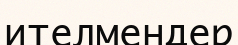
ителмендер